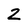
Character: 2